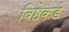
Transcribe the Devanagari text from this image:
विष्ठेकडे